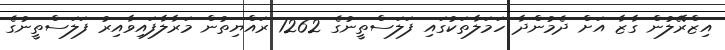
އިޒްރޭލުން ގާޒާ އަށް ދެމުންދާ ހަމަލާތަކުގައި ފަލަސްތީނުގެ 1262 ރައްޔިތުން މަރާލާފައިވާއިރު ފަލަސްތީނުގެ